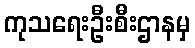
ကုသရေးဦးစီးဌာနမှ